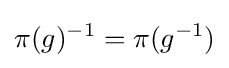
\pi (g)^{-1}=\pi (g^{-1})